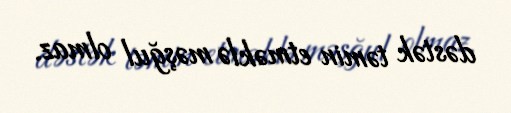
dəstək təmin etməklə məşğul olmaz.